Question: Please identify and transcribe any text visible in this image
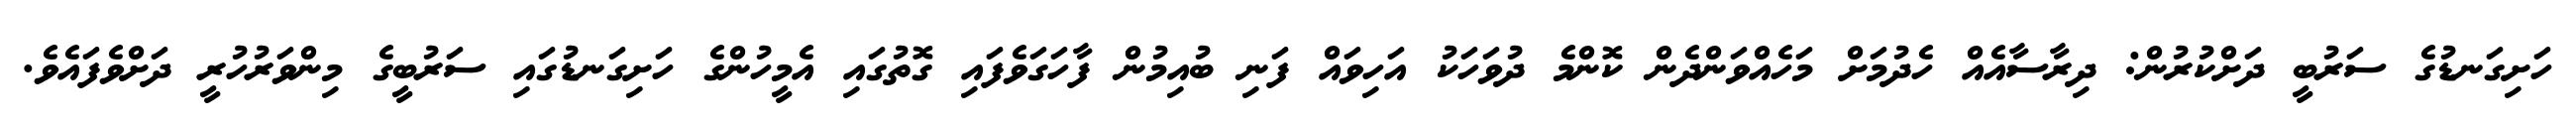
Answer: ހަށިގަނޑުގެ ސަރުބީ ދަށްކުރުން: ދިރާސާއެއް ހެދުމަށް މަހެއްވަންދެން ކޮންމެ ދުވަހަކު އަހިވައް ފަނި ބުއިމުން ފާހަގަވެފައި ގޮތުގައި އެމީހުންގެ ހަށިގަނޑުގައި ސަރުބީގެ މިންވަރުހުރީ ދަށްވެފައެވެ.